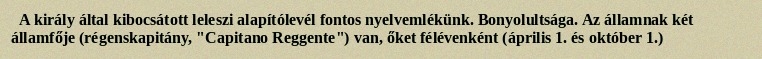
A király által kibocsátott leleszi alapítólevél fontos nyelvemlékünk. Bonyolultsága. Az államnak két államfője (régenskapitány, "Capitano Reggente") van, őket félévenként (április 1. és október 1.)